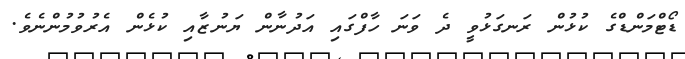
ޑޯޓްމަންޑްގެ ކުޅުން ރަނގަޅުވީ ދެ ވަނަ ހާފްގައި އަދުނާން ޔަނުޒާއި ކުޅެން އެރުވުމުންނެވެ.